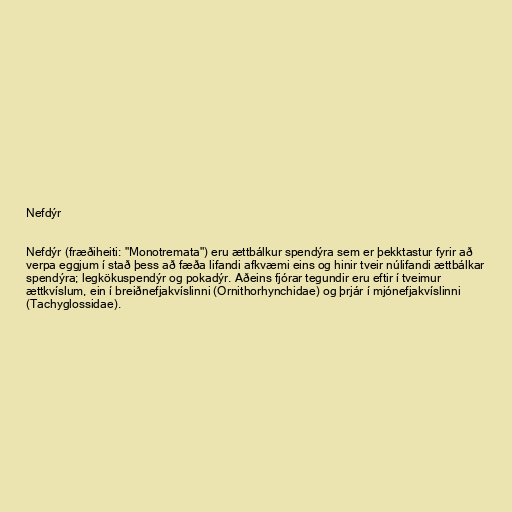
Nefdýr

Nefdýr (fræðiheiti: "Monotremata") eru ættbálkur spendýra sem er þekktastur fyrir að
verpa eggjum í stað þess að fæða lifandi afkvæmi eins og hinir tveir núlifandi ættbálkar
spendýra; legkökuspendýr og pokadýr. Aðeins fjórar tegundir eru eftir í tveimur
ættkvíslum, ein í breiðnefjakvíslinni (Ornithorhynchidae) og þrjár í mjónefjakvíslinni
(Tachyglossidae).